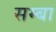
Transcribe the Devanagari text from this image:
सम्बा